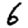
Digit: 6